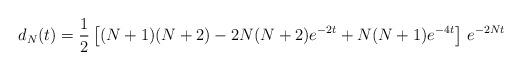
LaTeX: \begin{align*}d_N(t) = \frac{1}{2} \left[ (N+1) (N+2) - 2 N (N+2) e^{-2 t} + N (N+1) e^{-4 t}\right]\, e^{-2 N t}\end{align*}